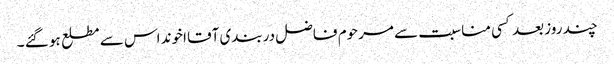
چند روز بعد کسی مناسبت سے مرحوم فاضل دربندی آقا اخوند اس سے مطلع ہو گئے ۔